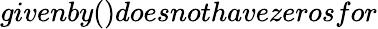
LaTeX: givenby()doesnothavezerosfor